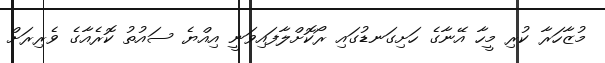
މުޒާހަރާ ކުރި މީހާ އޭނާގެ ހަށިގަނޑުގައި ރޯކޮށްލާފައިވަނީ އިއްޔެ ސައުތު ކޮރެއާގެ ވެރިރަށް